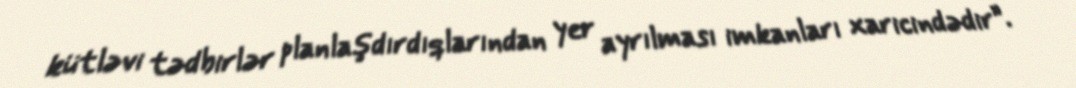
kütləvi tədbirlər planlaşdırdıqlarından yer ayrılması imkanları xaricindədir”.